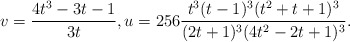
\begin{align*}v = \frac{4t^3 - 3t - 1}{3t}, u = 256\frac{t^3(t-1)^3(t^2+t+1)^3}{(2t+1)^3(4t^2-2t+1)^3}.\end{align*}